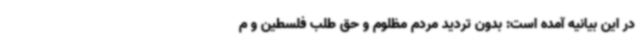
در این بیانیه آمده است: بدون تردید مردم مظلوم و حق طلب فلسطین و م